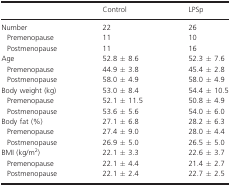
<table><thead><tr><td></td><td><b>Control</b></td><td><b>LPSp</b></td></tr></thead><tbody><tr><td>Number</td><td>22</td><td>26</td></tr><tr><td> Premenopause</td><td>11</td><td>10</td></tr><tr><td> Postmenopause</td><td>11</td><td>16</td></tr><tr><td>Age</td><td>52.8 ± 8.6</td><td>52.3 ± 7.6</td></tr><tr><td> Premenopause</td><td>44.9 ± 3.8</td><td>45.4 ± 2.8</td></tr><tr><td> Postmenopause</td><td>58.0 ± 4.9</td><td>58.0 ± 4.9</td></tr><tr><td>Body weight (kg)</td><td>53.0 ± 8.4</td><td>54.4 ± 10.5</td></tr><tr><td> Premenopause</td><td>52.1 ± 11.5</td><td>50.8 ± 4.9</td></tr><tr><td> Postmenopause</td><td>53.6 ± 5.6</td><td>54.0 ± 6.0</td></tr><tr><td>Body fat (%)</td><td>27.1 ± 6.8</td><td>28.2 ± 6.3</td></tr><tr><td> Premenopause</td><td>27.4 ± 9.0</td><td>28.0 ± 4.4</td></tr><tr><td> Postmenopause</td><td>26.9 ± 5.0</td><td>26.5 ± 5.0</td></tr><tr><td>BMI (kg/m<sup>2</sup>)</td><td>22.1 ± 3.3</td><td>22.6 ± 3.7</td></tr><tr><td> Premenopause</td><td>22.1 ± 4.4</td><td>21.4 ± 2.7</td></tr><tr><td> Postmenopause</td><td>22.1 ± 2.4</td><td>22.7 ± 2.5</td></tr></tbody></table>